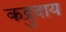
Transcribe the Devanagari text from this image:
कद्रुदाय